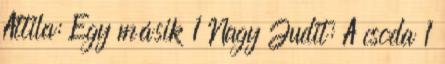
Attila: Egy másik 1 Nagy Judit: A csoda 1